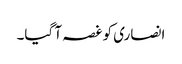
انصاری کو غصہ آ گیا۔